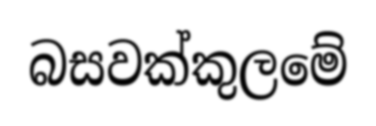
බසවක්කුලමේ